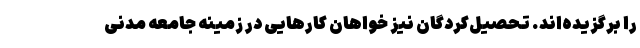
را برگزیده‌اند. تحصیل‌کردگان نیز خواهان کارهایی در زمینه جامعه مدنی